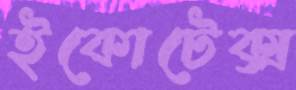
ইকোটেক্স